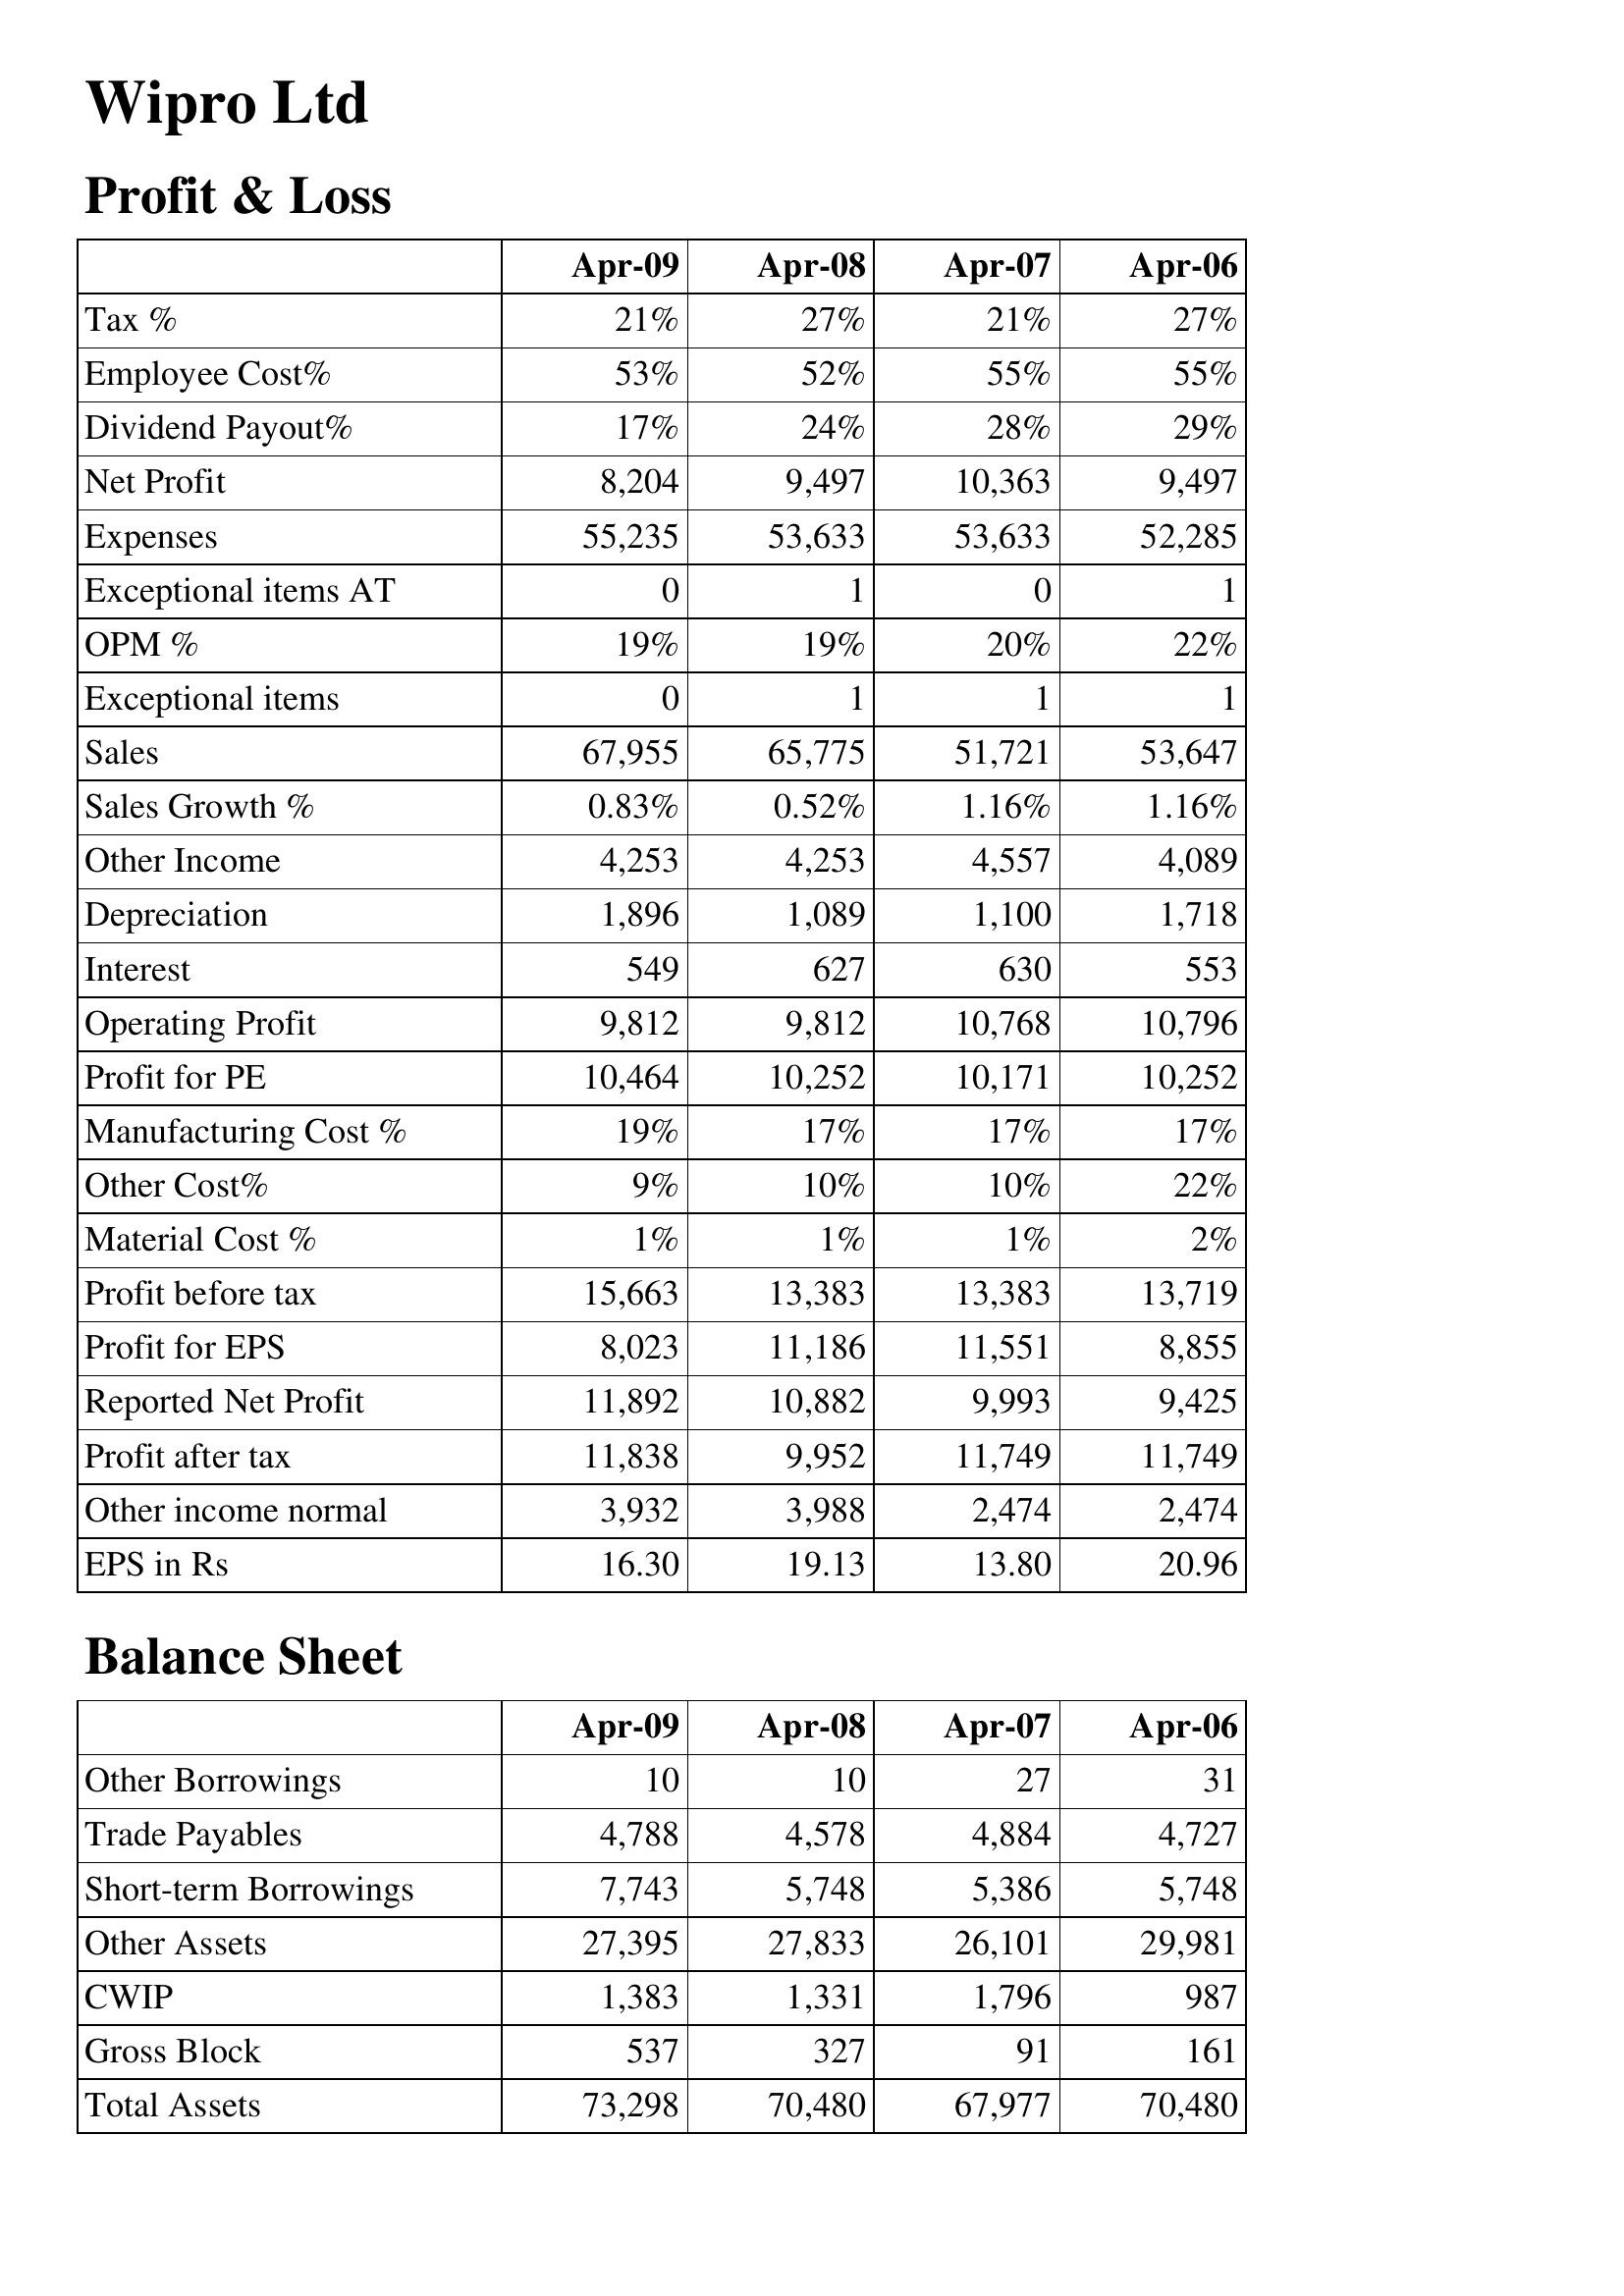
Apr-09: Profit & Loss: Tax %: 21%
Employee Cost%: 53%
Dividend Payout%: 17%
Net Profit: 8,204
Expenses: 55,235
Exceptional items AT: 0
OPM %: 19%
Exceptional items: 0
Sales: 67,955
Sales Growth %: 0.83%
Other Income: 4,253
Depreciation: 1,896
Interest: 549
Operating Profit: 9,812
Profit for PE: 10,464
Manufacturing Cost %: 19%
Other Cost%: 9%
Material Cost %: 1%
Profit before tax: 15,663
Profit for EPS: 8,023
Reported Net Profit: 11,892
Profit after tax: 11,838
Other income normal: 3,932
EPS in Rs: 16.30
Balance Sheet: Other Borrowings: 10
Trade Payables: 4,788
Short-term Borrowings: 7,743
Other Assets: 27,395
CWIP: 1,383
Gross Block: 537
Total Assets: 73,298
Apr-08: Profit & Loss: Tax %: 27%
Employee Cost%: 52%
Dividend Payout%: 24%
Net Profit: 9,497
Expenses: 53,633
Exceptional items AT: 1
OPM %: 19%
Exceptional items: 1
Sales: 65,775
Sales Growth %: 0.52%
Other Income: 4,253
Depreciation: 1,089
Interest: 627
Operating Profit: 9,812
Profit for PE: 10,252
Manufacturing Cost %: 17%
Other Cost%: 10%
Material Cost %: 1%
Profit before tax: 13,383
Profit for EPS: 11,186
Reported Net Profit: 10,882
Profit after tax: 9,952
Other income normal: 3,988
EPS in Rs: 19.13
Balance Sheet: Other Borrowings: 10
Trade Payables: 4,578
Short-term Borrowings: 5,748
Other Assets: 27,833
CWIP: 1,331
Gross Block: 327
Total Assets: 70,480
Apr-07: Profit & Loss: Tax %: 21%
Employee Cost%: 55%
Dividend Payout%: 28%
Net Profit: 10,363
Expenses: 53,633
Exceptional items AT: 0
OPM %: 20%
Exceptional items: 1
Sales: 51,721
Sales Growth %: 1.16%
Other Income: 4,557
Depreciation: 1,100
Interest: 630
Operating Profit: 10,768
Profit for PE: 10,171
Manufacturing Cost %: 17%
Other Cost%: 10%
Material Cost %: 1%
Profit before tax: 13,383
Profit for EPS: 11,551
Reported Net Profit: 9,993
Profit after tax: 11,749
Other income normal: 2,474
EPS in Rs: 13.80
Balance Sheet: Other Borrowings: 27
Trade Payables: 4,884
Short-term Borrowings: 5,386
Other Assets: 26,101
CWIP: 1,796
Gross Block: 91
Total Assets: 67,977
Apr-06: Profit & Loss: Tax %: 27%
Employee Cost%: 55%
Dividend Payout%: 29%
Net Profit: 9,497
Expenses: 52,285
Exceptional items AT: 1
OPM %: 22%
Exceptional items: 1
Sales: 53,647
Sales Growth %: 1.16%
Other Income: 4,089
Depreciation: 1,718
Interest: 553
Operating Profit: 10,796
Profit for PE: 10,252
Manufacturing Cost %: 17%
Other Cost%: 22%
Material Cost %: 2%
Profit before tax: 13,719
Profit for EPS: 8,855
Reported Net Profit: 9,425
Profit after tax: 11,749
Other income normal: 2,474
EPS in Rs: 20.96
Balance Sheet: Other Borrowings: 31
Trade Payables: 4,727
Short-term Borrowings: 5,748
Other Assets: 29,981
CWIP: 987
Gross Block: 161
Total Assets: 70,480